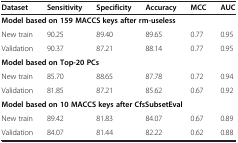
| Dataset | Sensitivity | Specificity | Accuracy | MCC | AUC |
 | --- | --- | --- | --- | --- | --- |
 | <COLSPAN=6> Model based on 159 MACCS keys after rm-useless |
 | New train | 90.25 | 89.40 | 89.65 | 0.77 | 0.95 |
 | Validation | 90.37 | 87.21 | 88.14 | 0.77 | 0.95 |
 | <COLSPAN=6> Model based on Top-20 PCs |
 | New train | 85.70 | 88.65 | 87.78 | 0.72 | 0.94 |
 | Validation | 81.85 | 87.21 | 85.62 | 0.67 | 0.92 |
 | <COLSPAN=6> Model based on 10 MACCS keys after CfsSubsetEval |
 | New train | 89.42 | 81.83 | 84.07 | 0.67 | 0.89 |
 | Validation | 84.07 | 81.44 | 82.22 | 0.62 | 0.88 |